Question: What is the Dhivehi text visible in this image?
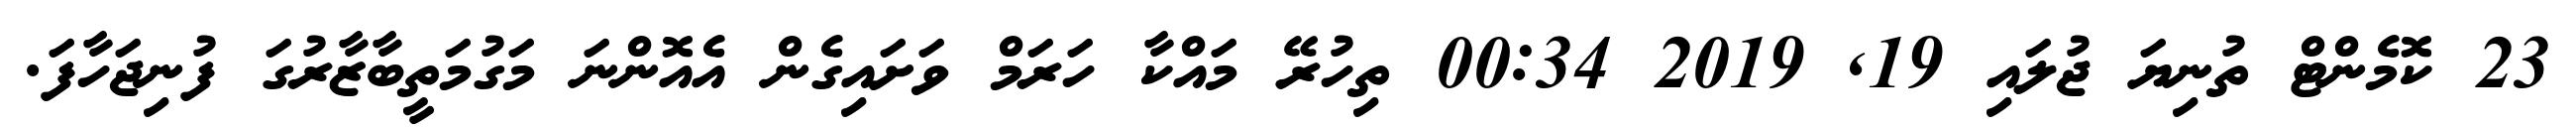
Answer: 23 ކޮމެންޓް ތުނިޔަ ޖުލައި 19, 2019 00:34 ތިހުރޭ މައްކާ ހަރަމް ވަށައިގެން އެއޮންނަ މަގުމަތީބާޒާރުގަ ފުނިޖަހާފަ.